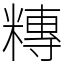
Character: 䊜